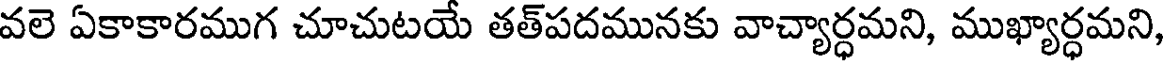
వలె ఏకాకారముగ చూచుటయే తత్పదమునకు వాచ్యార్ధమని, ముఖ్యార్ధమని,